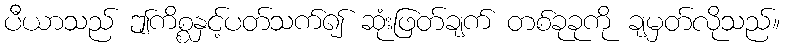
ပီယာသည် ဤကိစ္စနှင့်ပတ်သက်၍ ဆုံးဖြတ်ချက် တစ်ခုခုကို ချမှတ်လိုသည်။